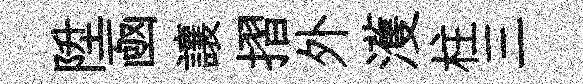
陞凾讓摺外濩柱三